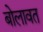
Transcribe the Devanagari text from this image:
बोलावत